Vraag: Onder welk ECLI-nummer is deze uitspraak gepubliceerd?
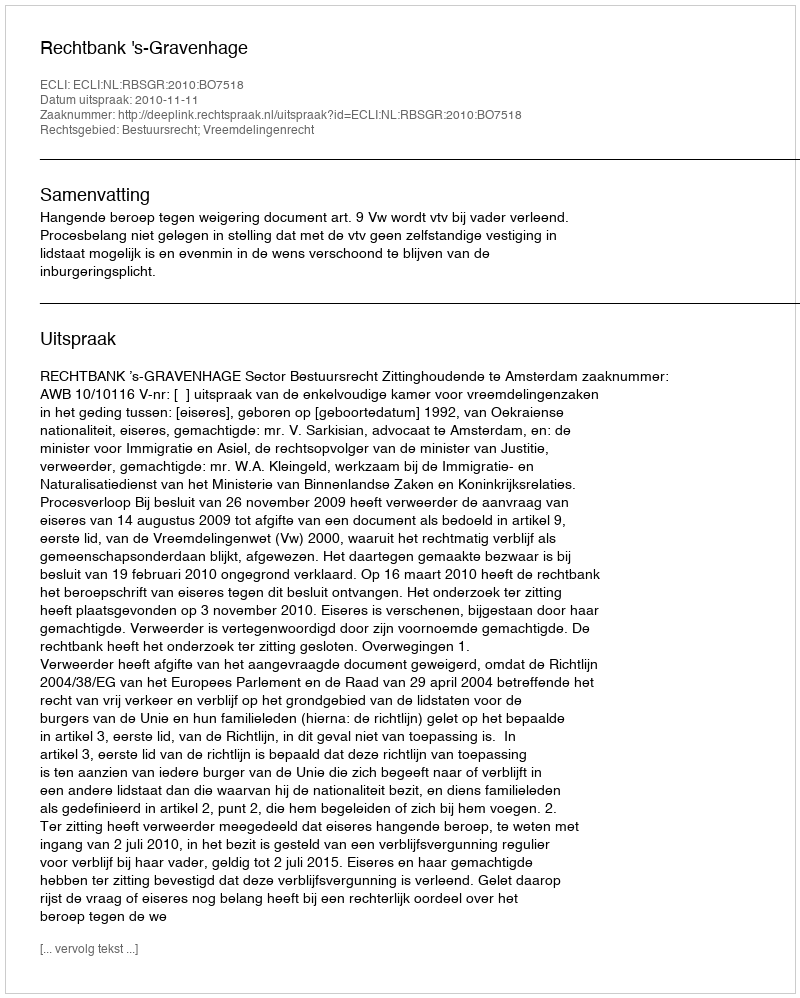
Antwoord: ECLI:NL:RBSGR:2010:BO7518